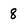
Character: 8